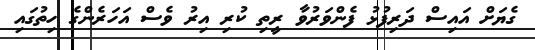
ގެޔަށް އައިސް ދަރިފުޅު ފެންވަރުވާ ރީތި ކުރި އިރު ވެސް އަހަރެންގެ ހިތުގައި